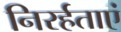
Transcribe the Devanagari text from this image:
निरर्हताएं